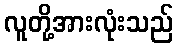
လူတို့အားလုံးသည်